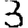
Digit: 3